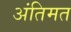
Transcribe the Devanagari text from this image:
अंतिमत